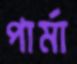
পার্মা